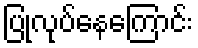
ပြုလုပ်နေကြောင်း